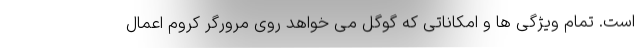
است. تمام ویژگی ها و امکاناتی که گوگل می خواهد روی مرورگر کروم اعمال